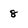
Character: 8